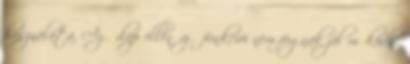
használata. Az űrlap ellenőrző funkciói nem fognak jól működni.